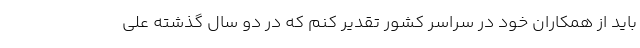
باید از همکاران خود در سراسر کشور تقدیر کنم که در دو سال گذشته علی